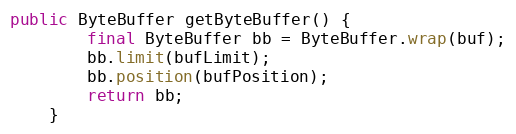
Language: Java
public ByteBuffer getByteBuffer() {
		final ByteBuffer bb = ByteBuffer.wrap(buf);
		bb.limit(bufLimit);
		bb.position(bufPosition);
		return bb;
	}